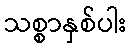
သစ္စာနှစ်ပါး